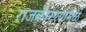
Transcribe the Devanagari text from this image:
राजकारण्यांमुळे